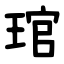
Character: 琯